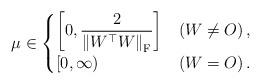
LaTeX: \begin{align*}\mu \in\begin{cases}\displaystyle{\left[0, \frac{2}{\left\|W^\top W \right\|_{\mathrm{F}}} \right]} &\left(W \neq O \right),\\\displaystyle{\left[0, \infty \right)} &\left(W = O \right).\end{cases}\end{align*}